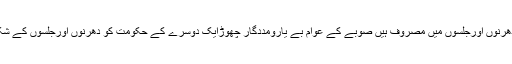
حکمران جماعت روزانہ دھرنوں اورجلسوں میں مصروف ہیں صوبے کے عوام بے یارومددگار چھوڑایک دوسرے کے حکومت کو دھرنوں اورجلسوں کے شکل میں تحفظ دے رہا ہے ۔